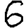
Digit: 6